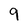
Character: 9